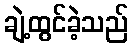
ချဲ့ထွင်ခဲ့သည်